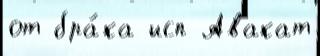
от бра́ка исп Авакат